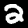
Label: 2